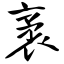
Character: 袤